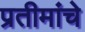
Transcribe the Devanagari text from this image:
प्रतीमांचे